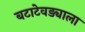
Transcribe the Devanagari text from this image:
बटाटेवड्याला